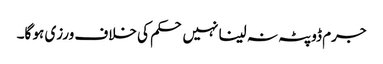
جرم ڈوپٹہ نہ لینا نہیں حکم کی خلاف ورزی ہو گا۔